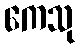
ကေသု